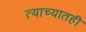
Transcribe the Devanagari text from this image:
त्याच्यातही